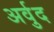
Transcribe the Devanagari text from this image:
अर्वुद